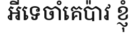
អីទេចាំគេប៉ាវ ខ្ញុំ